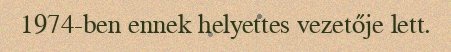
1974-ben ennek helyettes vezetője lett.